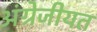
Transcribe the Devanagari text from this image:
अंग्रेजीयत